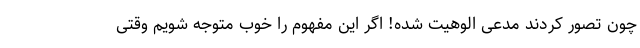
چون تصور کردند مدعی الوهیت شده! اگر این مفهوم را خوب متوجه شویم وقتی